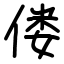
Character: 偻